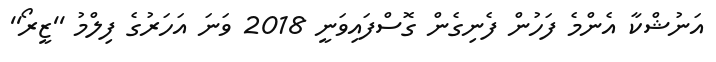
އަނުޝްކާ އެންމެ ފަހުން ފެނިގެން ގޮސްފައިވަނީ 2018 ވަނަ އަހަރުގެ ފިލްމު ''ޒީރޯ''